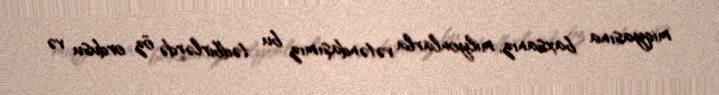
miqyasına baxsanız, milyonlarla vətəndaşımız bu tədbirlərdə öz ordusu və